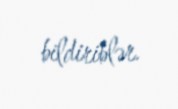
bildiriblər.